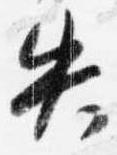
失